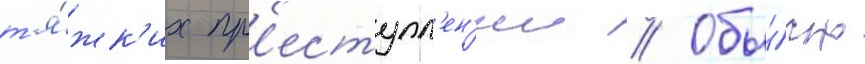
т'я́жк'их пр'еступл'ен'ии // Обы́чно